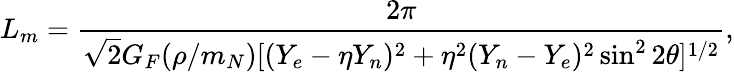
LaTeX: L_{m}=\frac{2\pi}{\sqrt{2}G_{F}({\rho/m_{N}})[(Y_{e}-\eta Y_{n})^{2}+\eta^{2}(Y_{n}-Y_{e})^{2}\sin^{2}2\theta]^{1/2}},